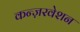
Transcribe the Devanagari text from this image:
कन्ज़रवेशन